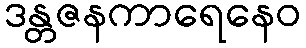
ဒန္တဇနကာရေနေဝ